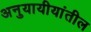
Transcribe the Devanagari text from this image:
अनुयायीयांतील